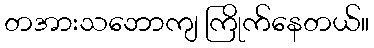
တအားသဘောကျ ကြိုက်နေတယ်။